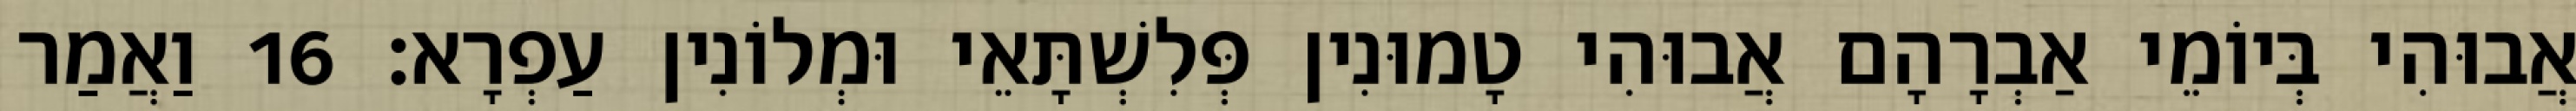
אֲבוּהִי בְּיוֹמֵי אַבְרָהָם אֲבוּהִי טָמוּנִין פְּלִשְׁתָּאֵי וּמְלוֹנִין עַפְרָא׃ 16 וַאֲמַר